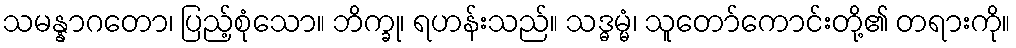
သမန္နာဂတော၊ ပြည့်စုံသော။ ဘိက္ခု၊ ရဟန်းသည်။ သဒ္ဓမ္မံ၊ သူတော်ကောင်းတို့၏ တရားကို။